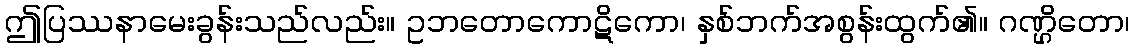
ဤပြဿနာမေးခွန်းသည်လည်း။ ဥဘတောကောဋိကော၊ နှစ်ဘက်အစွန်းထွက်၏။ ဂဏ္ဌိတော၊